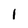
Character: i